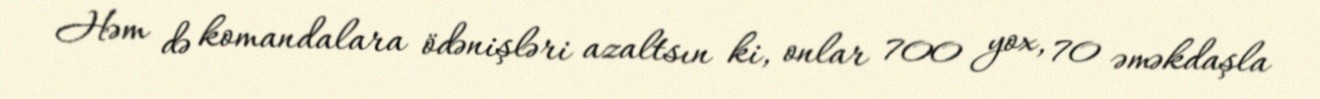
Həm də komandalara ödənişləri azaltsın ki, onlar 700 yox, 70 əməkdaşla